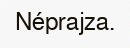
Néprajza.